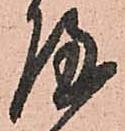
屋